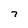
Character: 7